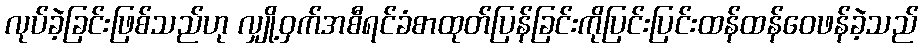
လုပ်ခဲ့ခြင်းဖြစ်သည်ဟု လျှို့ဝှက်အစီရင်ခံစာထုတ်ပြန်ခြင်းကိုပြင်းပြင်းထန်ထန်ဝေဖန်ခဲ့သည်